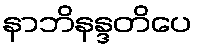
နာဘိနန္ဒတိပေ